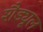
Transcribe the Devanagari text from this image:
शैड्यूल